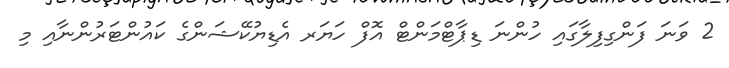
2 ވަނަ ފަންގިފިލާގައި ހުންނަ ޑިޕާޓްމަންޓް އޮފް ހަޔަރ އެޑިޔުކޭޝަންގެ ކައުންޓަރުންނާއި މި